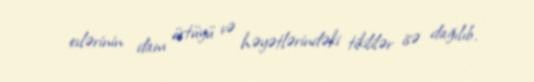
evlərinin dam örtüyü və həyətlərindəki tikililər isə dağılıb.